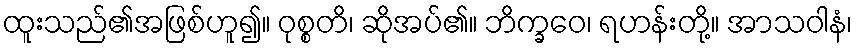
ထူးသည်၏အဖြစ်ဟူ၍။ ဝုစ္စတိ၊ ဆိုအပ်၏။ ဘိက္ခဝေ၊ ရဟန်းတို့။ အာသဝါနံ၊